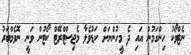
ނެޓްވޯކު ހިންގަމުން އައި ދެ މީހުންނަށް ކަޑުވެލާ މެޖިސްޓްރޭޓް ކޯޓުން ވަނީ ނޮވެމްބަރު